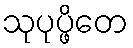
သုပုပ္ဖိတေ